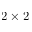
2 \times 2